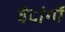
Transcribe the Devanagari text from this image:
वेदांगाें